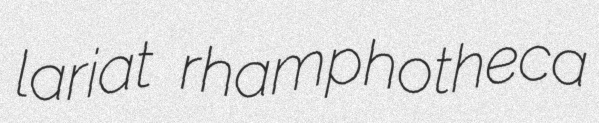
lariat rhamphotheca